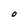
Character: O